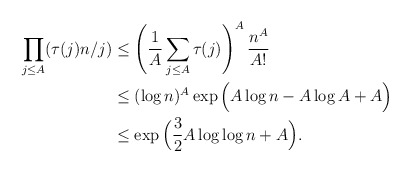
\begin{align*}\prod_{j\le A}(\tau(j)n/j)&\le\left(\frac1A\sum_{j\le A}\tau(j)\right)^A\frac{n^{A}}{A!}\\&\le(\log n)^{A}\exp\Big(A\log n-A\log A+A\Big)\\&\le\exp\Big(\frac32 A\log\log n+A\Big).\end{align*}